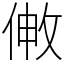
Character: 敒